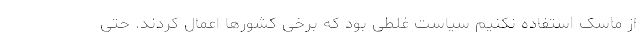
از ماسک استفاده نکنیم سیاست غلطی بود که برخی کشورها اعمال کردند. حتی